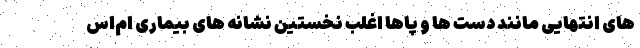
های انتهایی مانند دست ها و پاها اغلب نخستین نشانه های بیماری ام‌اس